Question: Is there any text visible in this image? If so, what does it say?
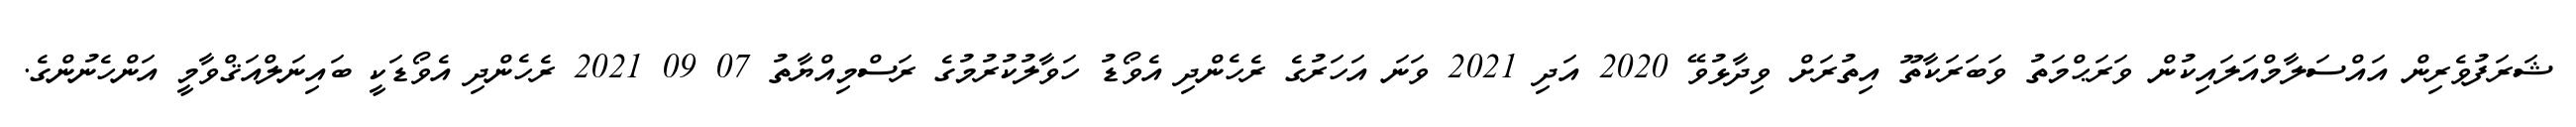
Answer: ޝަރަފުވެރިން އައްސަލާމްއަލައިކުން ވަރަޙްމަތު ވަބަރަކާތޫ އިތުރަށް ވިދާޅުވޭ 2020 އަދި 2021 ވަނަ އަހަރުގެ ރެހެންދި އެވޯޑު ހަވާލުކުރުމުގެ ރަސްމިއްޔާތު 07 09 2021 ރެހެންދި އެވޯޑަކީ ބައިނަލްއަޤްވާމީ އަންހެނުންގެ.